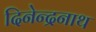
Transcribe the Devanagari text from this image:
दिनेन्द्रनाथ